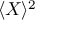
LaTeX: \langle X \rangle ^ { 2 }